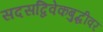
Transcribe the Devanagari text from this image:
सदसद्विवेकबुद्धीवर